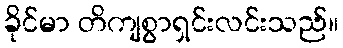
ခိုင်မာ တိကျစွာရှင်းလင်းသည်။